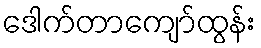
ဒေါက်တာကျော်ထွန်း